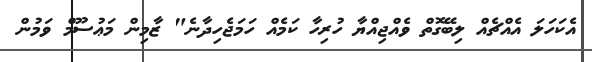
އެކަހަލަ އެއްޗެއް ލިިބޭގޮތް ވެއްޖިއްޔާ ހުރިހާ ކަމެއް ހަމަޖެހިދާނެ" ޒާމިން މަޢުސޫމް ވަމުން